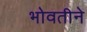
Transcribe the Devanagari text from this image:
भोवतीने